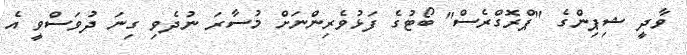
ވާދީ ޝިޕިންގެ "ޕްރޮގްރެސް" ބޯޓުގެ ފަޅުވެރިންނަށް މުސާރަ ނުދެވި ގިނަ ދުވަސްވީ އެ